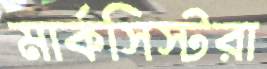
মার্কসিস্টরা